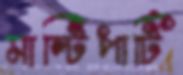
মাল্টিপার্টি